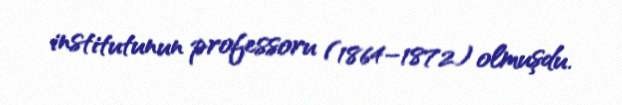
institutunun professoru (1864–1872) olmuşdu.